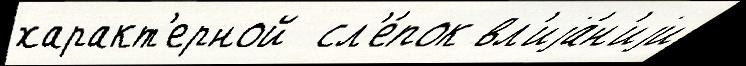
характ'ерной  сл'е́пок вл'иjа́н'иjи